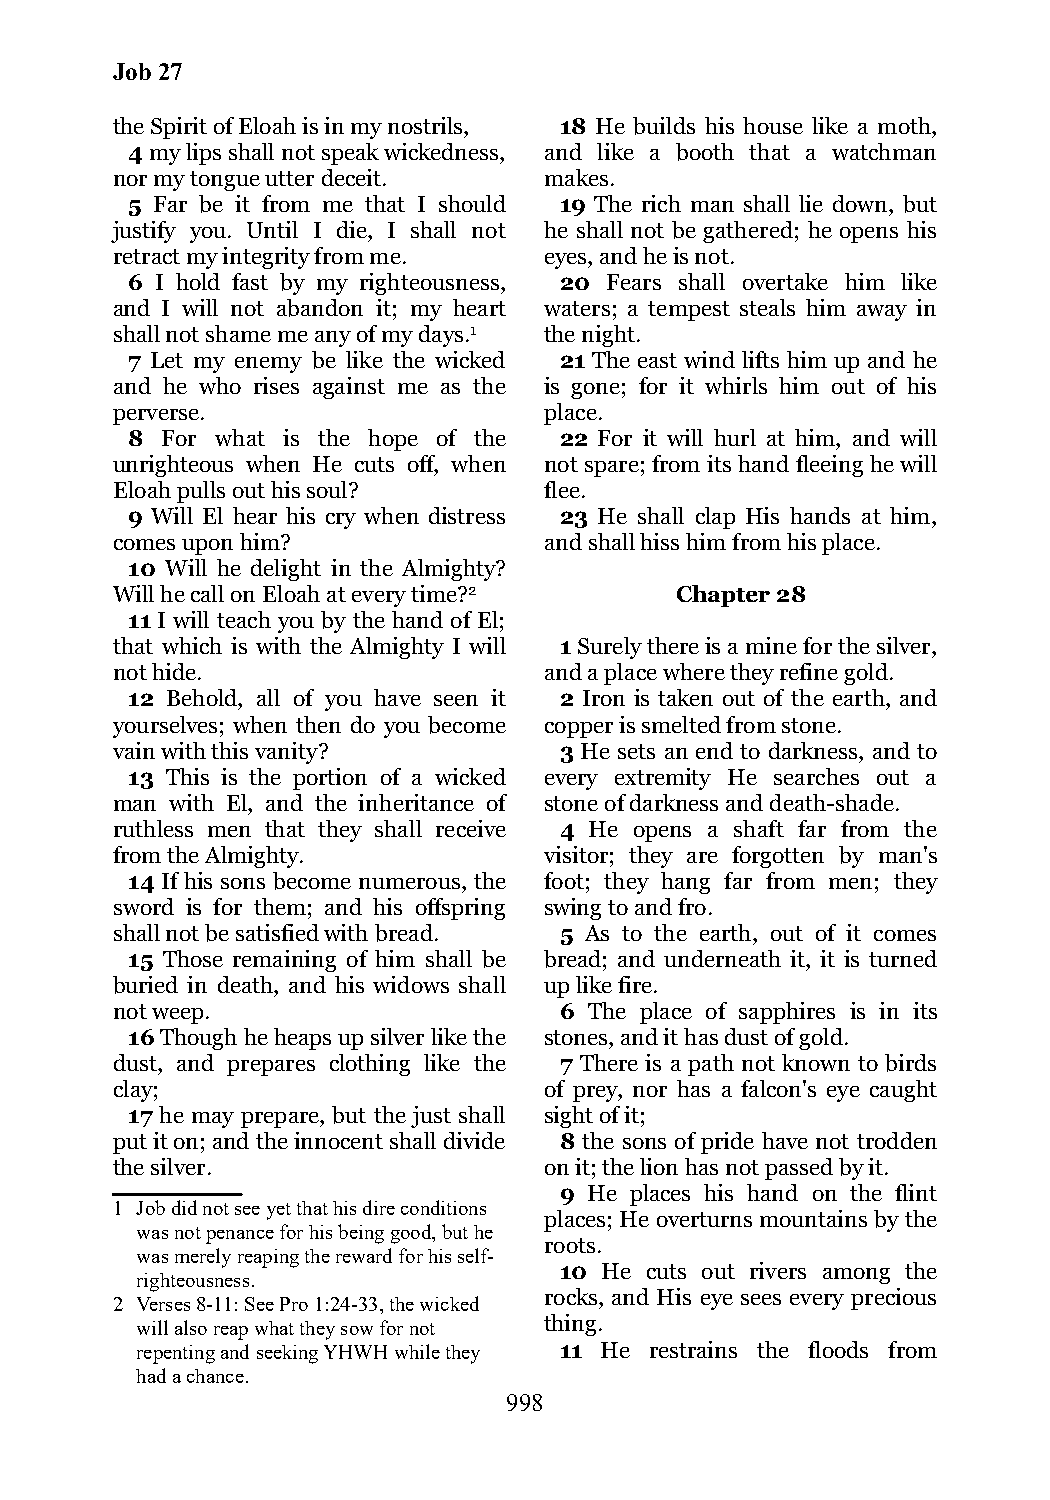
Job 27
 the Spirit of Eloah is in my nostrils, 18 He builds his house like a moth,
 4 my lips shall not speak wickedness, and like a booth that a watchman
 nor my tongue utter deceit.  makes.
 5 Far be it from me that I should 19 The rich man shall lie down, but
 justify you. Until I die, I shall not he shall not be gathered; he opens his
 retract my integrity from me. eyes, and he is not.
 6 I hold fast by my righteousness, 20 Fears shall overtake him like
 and I will not abandon it; my heart waters; a tempest steals him away in
 shall not shame me any of my days.1 the night.
 7 Let my enemy be like the wicked 21 The east wind lifts him up and he
 and he who rises against me as the is gone; for it whirls him out of his
 perverse.                    place.
 8  For what is the hope of the 22 For it will hurl at him, and will
 unrighteous when He cuts off, when not spare; from its hand fleeing he will
 Eloah pulls out his soul?    flee.
 9 Will El hear his cry when distress 23 He shall clap His hands at him,
 comes upon him?              and shall hiss him from his place.
 10 Will he delight in the Almighty?
 Will he call on Eloah at every time?2 Chapter 28
 11 I will teach you by the hand of El;
 that which is with the Almighty I will 1 Surely there is a mine for the silver,
 not hide.                    and a place where they refine gold.
 12 Behold, all of you have seen it 2 Iron is taken out of the earth, and
 yourselves; when then do you become copper is smelted from stone.
 vain with this vanity?        3 He sets an end to darkness, and to
 13 This is the portion of a wicked every extremity He searches out a
 man with El, and the inheritance of stone of darkness and death-shade.
 ruthless men that they shall receive 4 He opens a shaft far from the
 from the Almighty.           visitor; they are forgotten by man's
 14 If his sons become numerous, the foot; they hang far from men; they
 sword is for them; and his offspring swing to and fro.
 shall not be satisfied with bread. 5 As to the earth, out of it comes
 15 Those remaining of him shall be bread; and underneath it, it is turned
 buried in death, and his widows shall up like fire.
 not weep.                     6 The place of sapphires is in its
 16 Though he heaps up silver like the stones, and it has dust of gold.
 dust, and prepares clothing like the 7 There is a path not known to birds
 clay;                        of prey, nor has a falcon's eye caught
 17 he may prepare, but the just shall sight of it;
 put it on; and the innocent shall divide 8 the sons of pride have not trodden
 the silver.                  on it; the lion has not passed by it.
 9 He places his hand on the flint
 1 Job did not see yet that his dire conditions
 places; He overturns mountains by the
 was not penance for his being good, but he
 roots.
 was merely reaping the reward for his self-
 10 He cuts out rivers among the
 righteousness.
 rocks, and His eye sees every precious
 2 Verses 8-11: See Pro 1:24-33, the wicked
 will also reap what they sow for not thing.
 repenting and seeking YHWH while they 11 He restrains the floods from
 had a chance.
 998